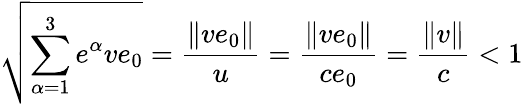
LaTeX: \sqrt{\sum_{\alpha=1}^{3}\displaystyle{e^{\alpha}}ve_{0}}=\frac{\| ve_{0}\| }{u}=\frac{\| ve_{0}\| }{ce_{0}}=\frac{\| v\| }{c}<1